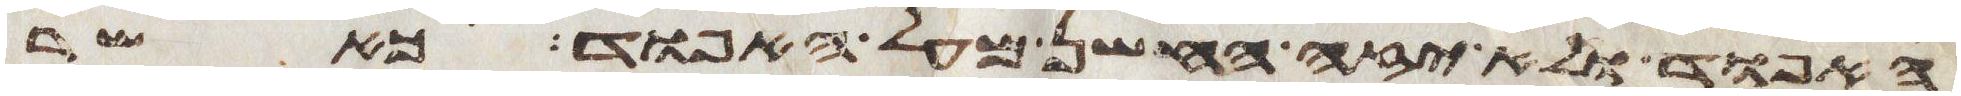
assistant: האפוד ולא יזה החשן מעל האפוד כאשר